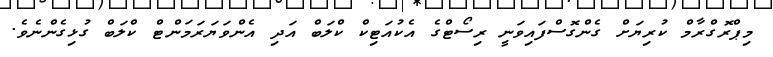
މިޕްރޮގްރާމް ކުރިޔަށް ގެންގޮސްފައިވަނީ ރިސޯޓްގެ އެކުއަޓިކް ކްލަބް އަދި އެންވަޔަރަމަންޓް ކްލަބް ގުޅިގެންނެވެ.